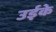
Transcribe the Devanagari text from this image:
उईके